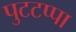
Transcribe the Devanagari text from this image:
पुटटप्पा